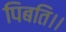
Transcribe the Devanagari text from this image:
पिबति।।